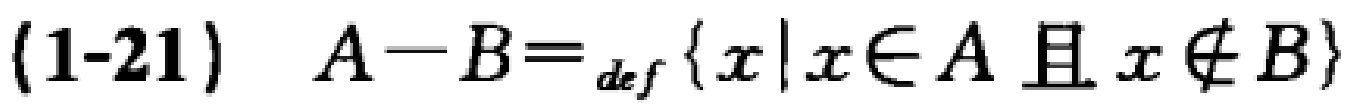
(1-21) \(A - B =_{def} \{ x|x\in A \text{ 且 } x\notin B\}\)